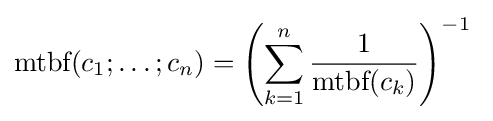
{\text{mtbf}}(c_{1};\dots ;c_{n})=\left(\sum _{k=1}^{n}{\frac {1}{{\text{mtbf}}(c_{k})}}\right)^{-1}\;